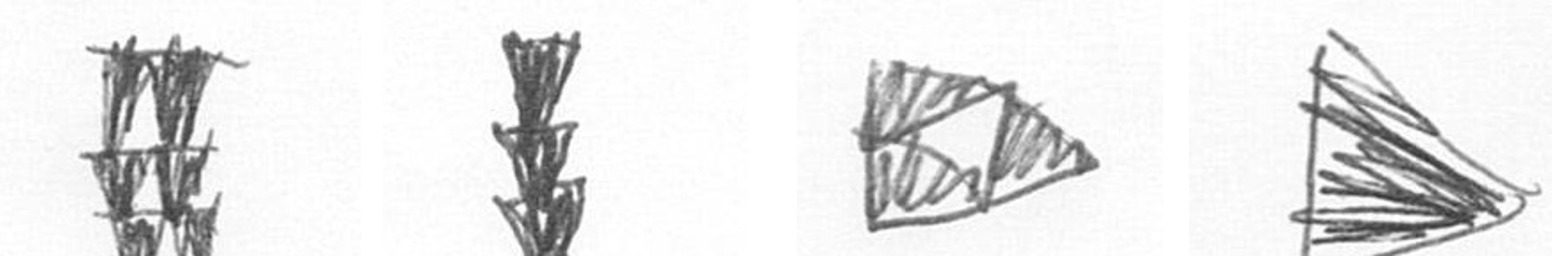
Y E K T